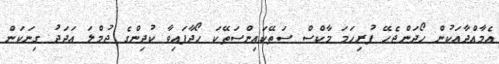
އެމާއްދާއަކުން ހޯދަންޖެހޭ ފުރިހަމަ މާކްސް ސަތޭކައިންސަތޭކަ ހޯދާފައިވާ ކުދިންގެ ޖުމްލަ އަދަދު ގިނަކަން